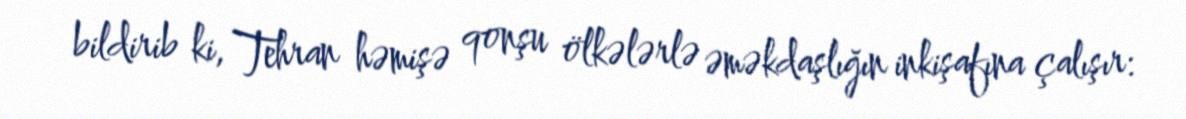
bildirib ki, Tehran həmişə qonşu ölkələrlə əməkdaşlığın inkişafına çalışır: